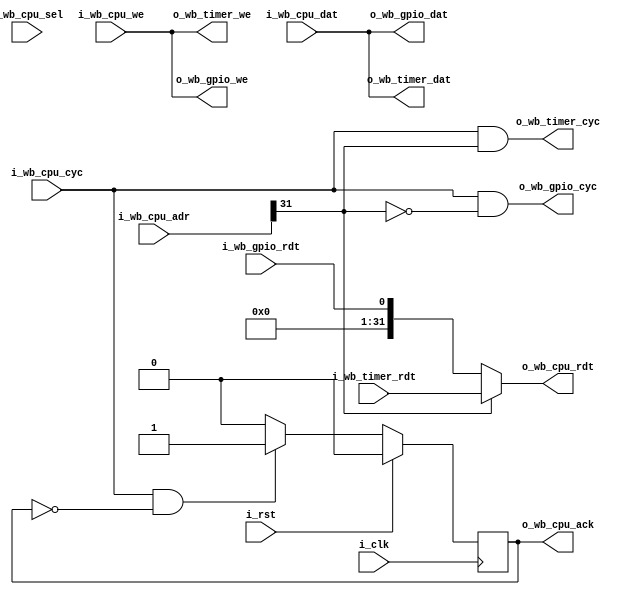
/*
 mem = 00
 gpio = 01
 timer = 10
 testcon = 11
 */
module servant_mux
  (
   input wire 	      i_clk,
   input wire 	      i_rst,
   input wire [31:0]  i_wb_cpu_adr,
   input wire [31:0]  i_wb_cpu_dat,
   input wire [3:0]   i_wb_cpu_sel,
   input wire 	      i_wb_cpu_we,
   input wire 	      i_wb_cpu_cyc,
   output wire [31:0] o_wb_cpu_rdt,
   output reg 	      o_wb_cpu_ack,

   output wire [31:0] o_wb_gpio_dat,
   output wire 	      o_wb_gpio_we,
   output wire 	      o_wb_gpio_cyc,
   input wire 	      i_wb_gpio_rdt,

   output wire [31:0] o_wb_timer_dat,
   output wire 	      o_wb_timer_we,
   output wire 	      o_wb_timer_cyc,
   input wire [31:0]  i_wb_timer_rdt);

   parameter sim = 0;

   wire [1:0] 	  s = i_wb_cpu_adr[31:30];

   assign o_wb_cpu_rdt = s[1] ? i_wb_timer_rdt : {31'd0,i_wb_gpio_rdt};

   always @(posedge i_clk) begin
      o_wb_cpu_ack <= 1'b0;
      if (i_wb_cpu_cyc & !o_wb_cpu_ack)
	o_wb_cpu_ack <= 1'b1;
      if (i_rst)
	o_wb_cpu_ack <= 1'b0;
   end

   assign o_wb_gpio_dat = i_wb_cpu_dat;
   assign o_wb_gpio_we  = i_wb_cpu_we;
   assign o_wb_gpio_cyc = i_wb_cpu_cyc & !s[1];

   assign o_wb_timer_dat = i_wb_cpu_dat;
   assign o_wb_timer_we  = i_wb_cpu_we;
   assign o_wb_timer_cyc = i_wb_cpu_cyc & s[1];

endmodule